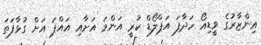
އިންޒާރުގެ ވީޑިއޯ ހަދާފަ އަޕްލޯޑް ކުރީ އަންމަ އަށާއި އައްޕަ އަށް ގުޅާފަތަ